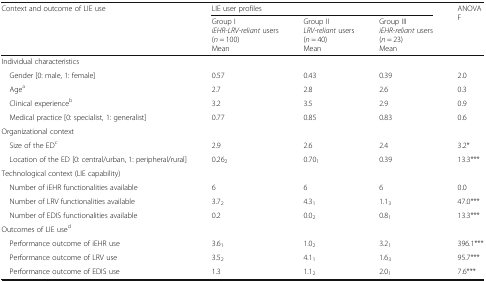
| <ROWSPAN=2> Context and outcome of LIE use | <COLSPAN=3> LIE user profiles | <ROWSPAN=2> ANOVAF |
 | Group IiEHR-LRV-reliant users (n = 100)Mean | Group IILRV-reliant users (n = 40)Mean | Group IIIiEHR-reliant users (n = 23)Mean |
 | --- | --- | --- | --- | --- |
 | <COLSPAN=5> Individual characteristics |
 | Gender [0: male, 1: female] | 0.57 | 0.43 | 0.39 | 2.0 |
 | Agea | 2.7 | 2.8 | 2.6 | 0.3 |
 | Clinical experienceb | 3.2 | 3.5 | 2.9 | 0.9 |
 | Medical practice [0: specialist, 1: generalist] | 0.77 | 0.85 | 0.83 | 0.6 |
 | <COLSPAN=5> Organizational context |
 | Size of the EDc | 2.9 | 2.6 | 2.4 | 3.2* |
 | Location of the ED [0: central/urban, 1: peripheral/rural] | 0.262 | 0.701 | 0.39 | 13.3*** |
 | <COLSPAN=5> Technological context (LIE capability) |
 | Number of iEHR functionalities available | 6 | 6 | 6 | 0.0 |
 | Number of LRV functionalities available | 3.72 | 4.31 | 1.13 | 47.0*** |
 | Number of EDIS functionalities available | 0.2 | 0.02 | 0.81 | 13.3*** |
 | <COLSPAN=5> Outcomes of LIE used |
 | Performance outcome of iEHR use | 3.61 | 1.02 | 3.21 | 396.1*** |
 | Performance outcome of LRV use | 3.52 | 4.11 | 1.63 | 95.7*** |
 | Performance outcome of EDIS use | 1.3 | 1.12 | 2.01 | 7.6*** |